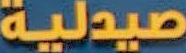
صيدلية